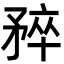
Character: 𬑮